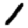
Digit: 1